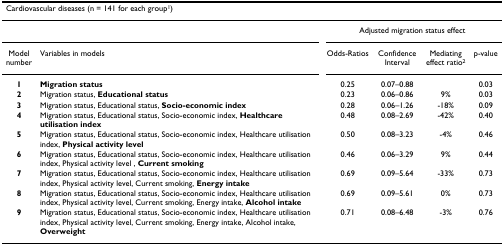
| <COLSPAN=2> Cardiovascular diseases (n = 141 for each group1) |  |  |  |  |
 | --- | --- | --- | --- | --- | --- |
 |  |  | <COLSPAN=4> Adjusted migration status effect |
 | Model number | Variables in models | Odds-Ratios | Confidence Interval | Mediating effect ratio2 | p-value |
 | 1 | Migration status | 0.25 | 0.07–0.88 |  | 0.03 |
 | 2 | Migration status, Educational status | 0.23 | 0.06–0.86 | 9% | 0.03 |
 | 3 | Migration status, Educational status, Socio-economic index | 0.28 | 0.06–1.26 | -18% | 0.09 |
 | 4 | Migration status, Educational status, Socio-economic index, Healthcare utilisation index | 0.48 | 0.08–2.69 | -42% | 0.40 |
 | 5 | Migration status, Educational status, Socio-economic index, Healthcare utilisation index, Physical activity level | 0.50 | 0.08–3.23 | -4% | 0.46 |
 | 6 | Migration status, Educational status, Socio-economic index, Healthcare utilisation index, Physical activity level , Current smoking | 0.46 | 0.06–3.29 | 9% | 0.44 |
 | 7 | Migration status, Educational status, Socio-economic index, Healthcare utilisation index, Physical activity level, Current smoking, Energy intake | 0.69 | 0.09–5.64 | -33% | 0.73 |
 | 8 | Migration status, Educational status, Socio-economic index, Healthcare utilisation index, Physical activity level, Current smoking, Energy intake, Alcohol intake | 0.69 | 0.09–5.61 | 0% | 0.73 |
 | 9 | Migration status, Educational status, Socio-economic index, Healthcare utilisation index, Physical activity level, Current smoking, Energy intake, Alcohol intake, Overweight | 0.71 | 0.08–6.48 | -3% | 0.76 |